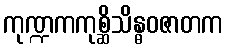
ကုဏ္ဍကကုစ္ဆိသိန္ဓဝဇာတက